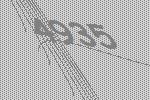
4935